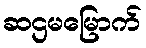
ဆဌမမြောက်